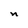
Character: n